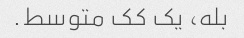
بله، یک کک متوسط.